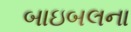
બાઇબલના